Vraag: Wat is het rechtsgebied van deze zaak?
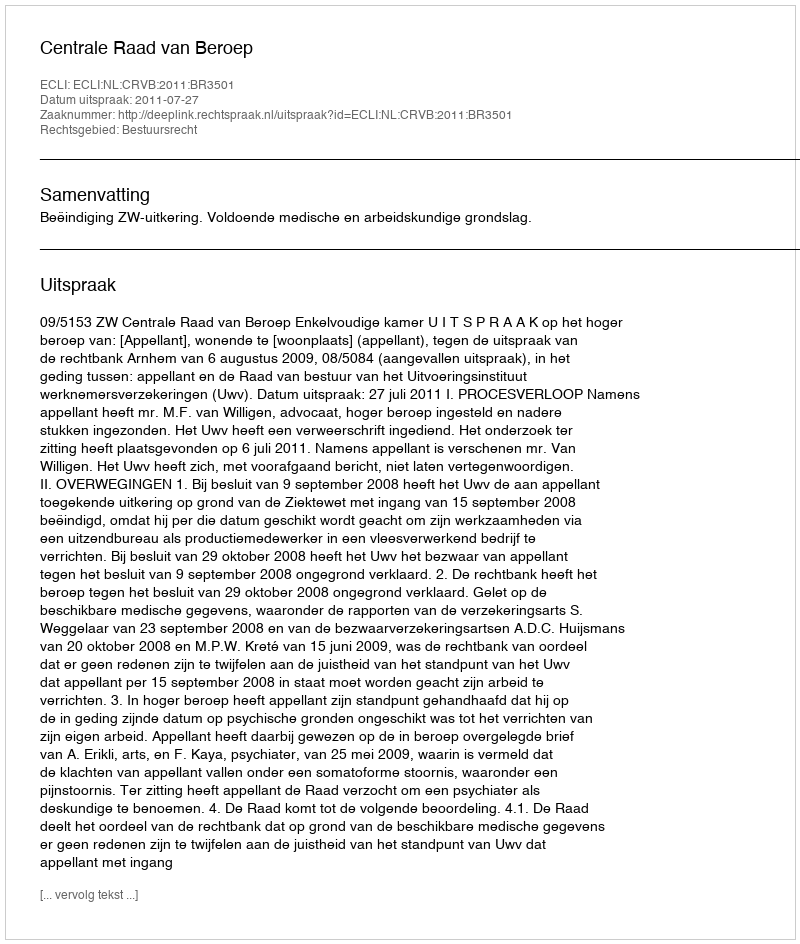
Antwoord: Bestuursrecht